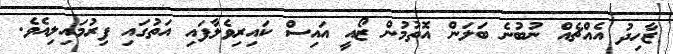
ޒާހިދު އެއްޗެއް ނުބުނެ ބަލަން އޮތުމުން ޒޯއީ އައިސް ކައިރިވެލާފައި އަތުގައި ފިރުމައިލިއެވެ.